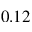
0 . 1 2